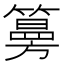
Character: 𥵀